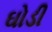
ઘોડી